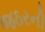
જઠરની